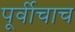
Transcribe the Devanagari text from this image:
पूर्वीचाच